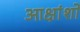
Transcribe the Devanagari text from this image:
आक्षांशों